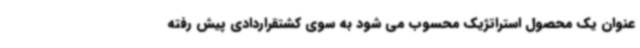
عنوان یک محصول استراتژیک محسوب می شود به سوی کشتقراردادی پیش رفته